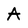
Character: A